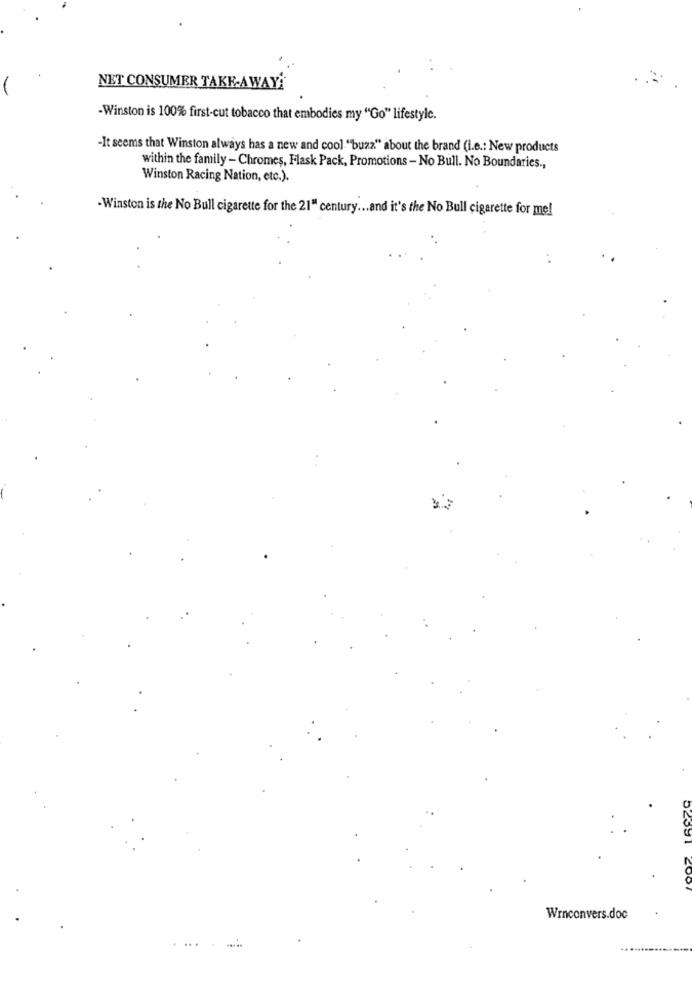
NET CONSUMER TAKE-AWAY
-Winston is 100% first-cut tobacco that embodies my "Go" lifestyle.
-It seems that Winston always has a new and cool "buzz" about the brand (i.e .: New products
within the family - Chromes, Flask Pack, Promotions - No Bull. No Boundaries .,
Winston Racing Nation, etc.).
-Winston is the No Bull cigarette for the 21" century ... and it's the No Bull cigarette for me!
Wenconvers.doc
.. .